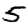
Digit: 5